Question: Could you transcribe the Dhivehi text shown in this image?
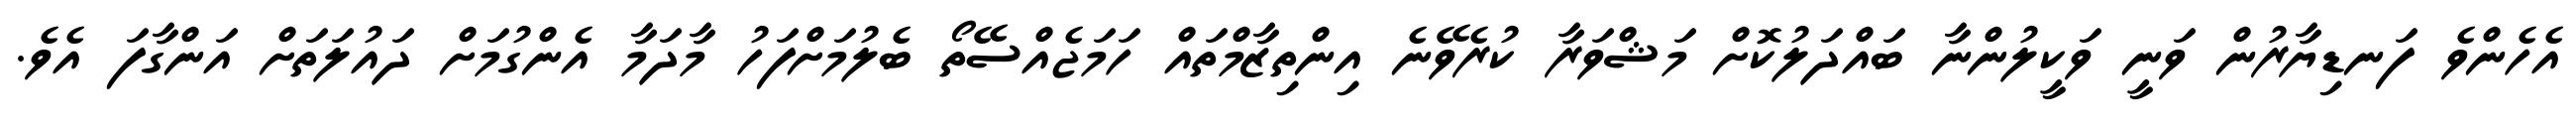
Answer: އެހެންވެ ފަނޑިޔާރުން ވަނީ ވަކީލުންނާ ބައްދަލުކޮށް މަޝްވަރާ ކުރެވޭނެ އިންތިޒާމްތައް ހަމަޖެއްސޭތޯ ބެލުމަށްފަހު މާދަމާ އެންގުމަށް ދައުލަތަށް އަންގާފަ އެވެ.